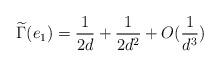
LaTeX: \begin{align*}\widetilde{\Gamma}(e_1)=\frac{1}{2d}+\frac{1}{2d^2}+O(\frac{1}{d^3})\end{align*}